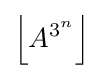
\left\lfloor A^{3^{n}}\right\rfloor